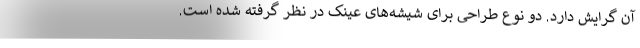
آن گرایش دارد. دو نوع طراحی برای شیشه‌های عینک در نظر گرفته شده است.